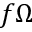
f \Omega